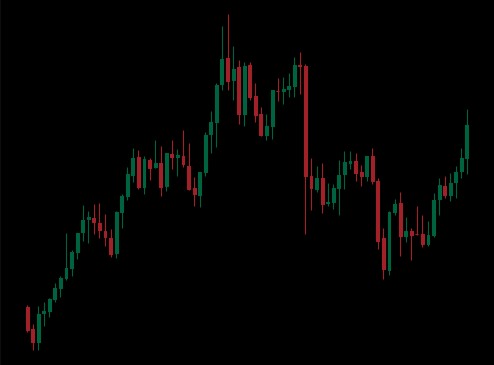
Pattern: unclassified